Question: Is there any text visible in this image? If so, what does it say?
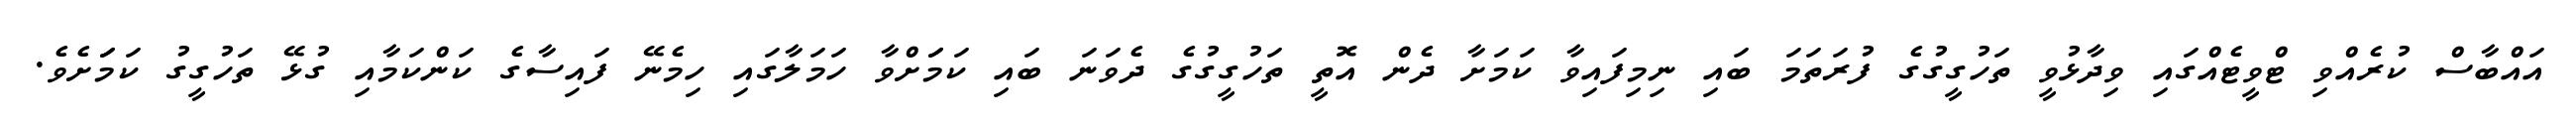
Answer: އައްބާސް ކުރެއްވި ޓްވީޓެއްގައި ވިދާޅުވީ ތަހުގީގުގެ ފުރަތަމަ ބައި ނިމިފައިވާ ކަމަށާ ދެން އޮތީ ތަހުގީގުގެ ދެވަނަ ބައި ކަމަަށްވާ ހަމަލާގައި ހިމެނޭ ފައިސާގެ ކަންކަމާއި ގުޅޭ ތަހުގީގު ކަމަަށެވެ.